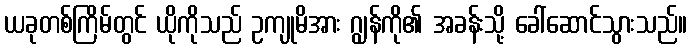
ယခုတစ်ကြိမ်တွင် ယိုကိုသည် ဥကျုမိအား ဂျွန်ကို၏ အခန်းသို့ ခေါ်ဆောင်သွားသည်။